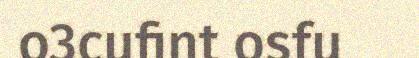
o3cufint osfu